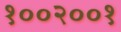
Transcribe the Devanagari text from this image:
१००२००१